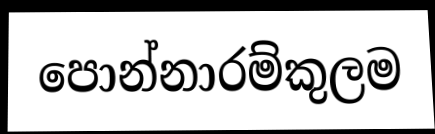
පොන්නාරම්කුලම